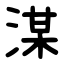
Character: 湈